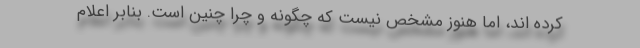
کرده اند، اما هنوز مشخص نیست که چگونه و چرا چنین است. بنابر اعلام